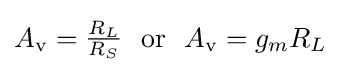
A_{\mathrm {v} }={\begin{matrix}{\frac {R_{L}}{R_{S}}}\end{matrix}}\ \ \mathrm {or} \ \ A_{\mathrm {v} }=g_{m}R_{L}